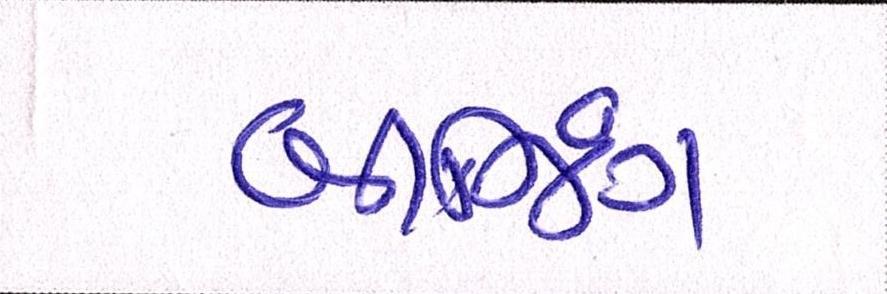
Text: બીજિંગ